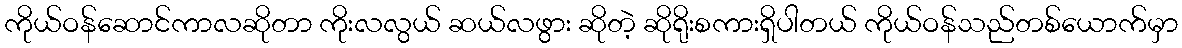
ကိုယ်ဝန်ဆောင်ကာလဆိုတာ ကိုးလလွယ် ဆယ်လဖွား ဆိုတဲ့ ဆိုရိုးစကားရှိပါတယ် ကိုယ်ဝန်သည်တစ်ယောက်မှာ